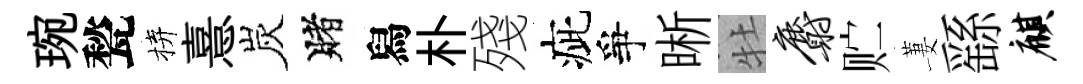
琬甃拚憙炭賭舄朴殘疵爭晰牡麝贮萋繇麒